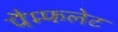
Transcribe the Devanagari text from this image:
पैम्‍फलेट